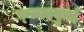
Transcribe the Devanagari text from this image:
फ़्लाइदुबई